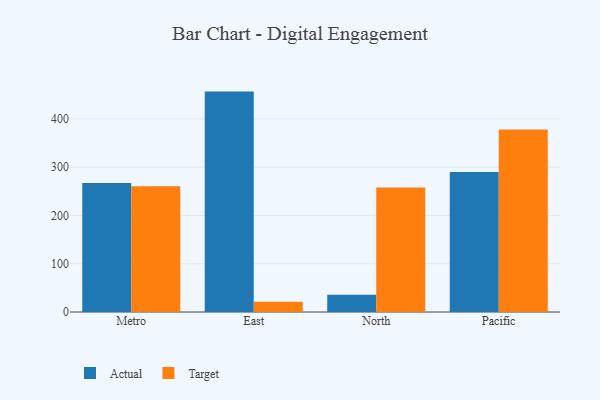
{"axis": {"x": "Region", "y": "Churn Rate (%)"}, "legend": ["Actual", "Target"], "data": [{"x": "Metro", "y": 267.2, "type": "Actual"}, {"x": "Metro", "y": 260.6, "type": "Target"}, {"x": "East", "y": 456.7, "type": "Actual"}, {"x": "East", "y": 21.1, "type": "Target"}, {"x": "North", "y": 35.8, "type": "Actual"}, {"x": "North", "y": 257.8, "type": "Target"}, {"x": "Pacific", "y": 289.9, "type": "Actual"}, {"x": "Pacific", "y": 378.0, "type": "Target"}]}